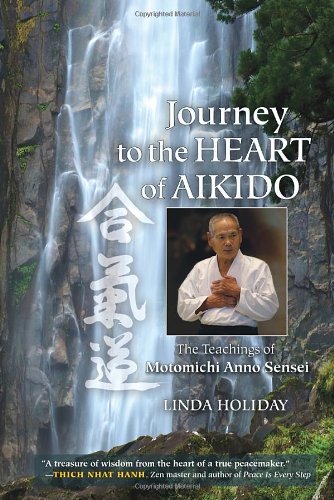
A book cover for Journey to the Heart of Aikido: The Teachings of Motomichi Anno Sensei; Linda Holiday; Religion & Spirituality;